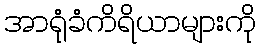
အာရုံခံကိရိယာများကို